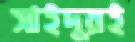
সাইদুরই